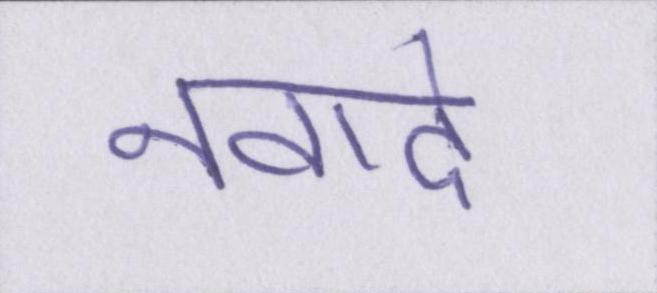
नवादे